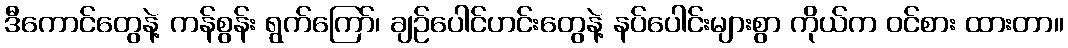
ဒီကောင်တွေနဲ့ ကန်စွန်း ရွက်ကြော်၊ ချဉ်ပေါင်ဟင်းတွေနဲ့ နပ်ပေါင်းများစွာ ကိုယ်က ဝင်စား ထားတာ။